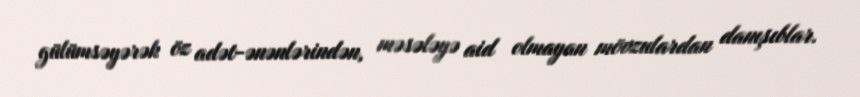
gülümsəyərək öz adət-ənənlərindən, məsələyə aid olmayan mövzulardan danışıblar.